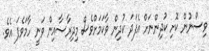
ވިސްނުން ކޮށި ކުދިންނަށް އެފަދަ ކުދިން ވާކަމަށްވެސް މިދިރާސާއިން ވަނީ ހާމަވެފަ އެވެ.